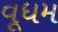
વૂધમ